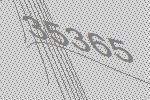
35365